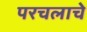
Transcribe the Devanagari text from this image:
परचलाचे